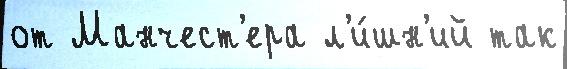
от Манчест'ера л'и́шн'ий так